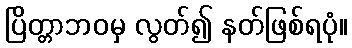
ပြိတ္တာဘဝမှ လွတ်၍ နတ်ဖြစ်ရပုံ။